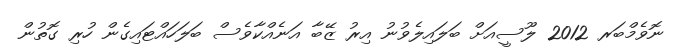
ނޮވެމްބަރ 2012 ލޫސީއަށް ބަލައިލެވުނު އިރު ޒޭބާ އަނެއްކާވެސް ބަލަހައްޓައިގެން ހުރި ގޮތުން